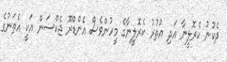
ދެކުނު ކެރޮލީނާ އަދި އުތުރު ކެރޮލީނާގެ މީހުންވެސް އެންޑްރޫ ޖެކްސަން އަކީ އެތަނުގެ